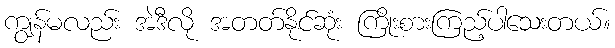
ကျွန်မလည်း အဲဒီလို အတတ်နိုင်ဆုံး ကြိုးစားကြည့်ပါသေးတယ်။